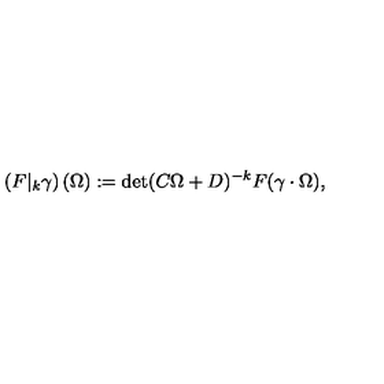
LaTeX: \left( F \vert _ { k } \gamma \right) ( \Omega ) : = \det ( C \Omega + D ) ^ { - k } F ( \gamma \cdot \Omega ) ,